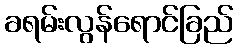
ခရမ်းလွန်ရောင်ခြည်